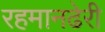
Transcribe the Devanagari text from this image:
रहमानढेरी